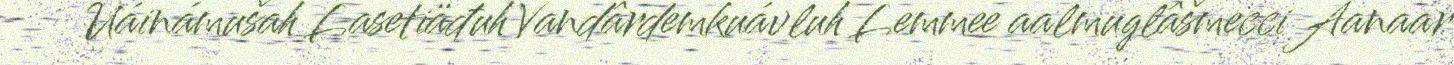
Uáinámušah Lasetiäđuh Vandârdemkuávluh Lemmee aalmuglâšmecci Aanaar